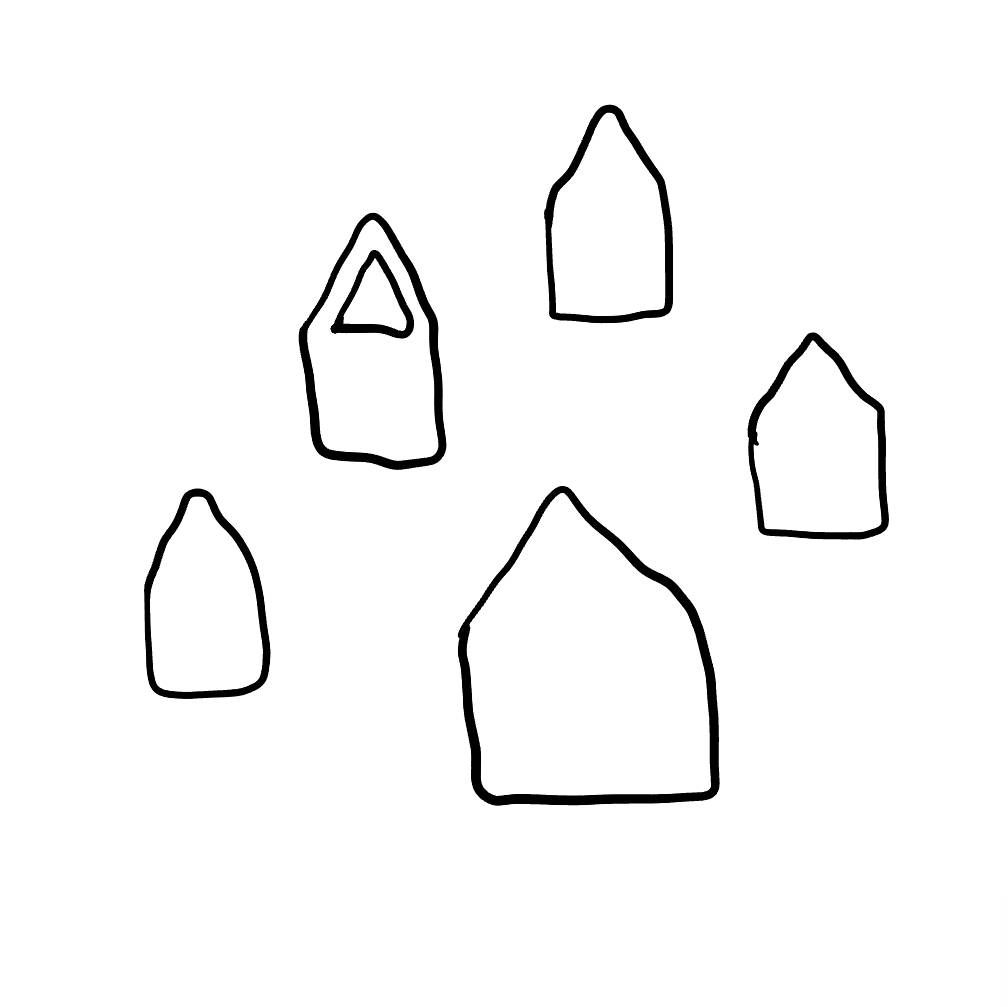
Number of regions (including the outer root region): 7
Containment tree edges (parent, child): 0, 1, 0, 2, 0, 3, 0, 4, 0, 6, 4, 5